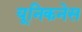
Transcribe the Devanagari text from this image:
यूनिकनेस